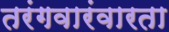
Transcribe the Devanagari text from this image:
तरंगवारंवारता